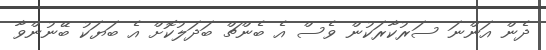
ދެން އަންނަ ސަރުކާރަކުން ވެސް އެ ބެންޗް ބަދަލުކޮށް އެ ބަޔަކު ބޭނުންވާ